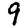
Digit: 9